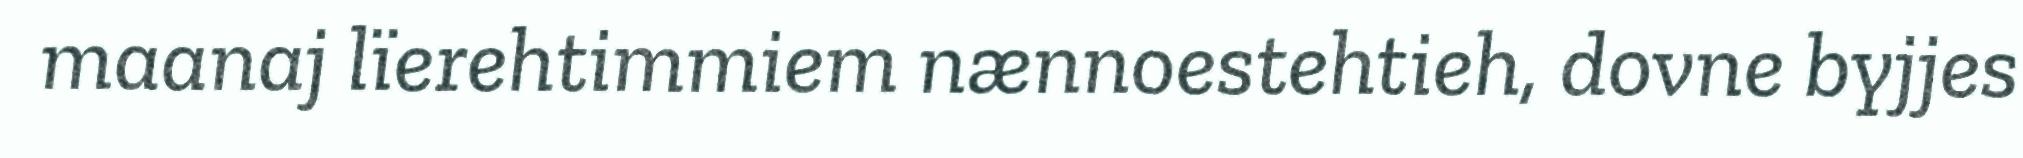
maanaj lïerehtimmiem nænnoestehtieh, dovne byjjes